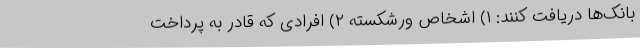
بانک‌ها دریافت کنند: ۱) اشخاص ورشکسته ۲) افرادی که قادر به پرداخت